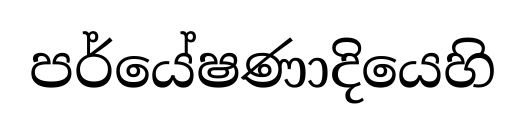
පර්යේෂණාදියෙහි